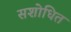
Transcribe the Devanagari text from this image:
सशोधित